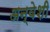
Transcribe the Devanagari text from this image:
अन्वेशी